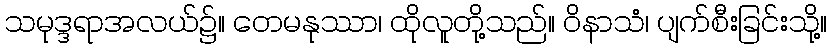
သမုဒ္ဒရာအလယ်၌။ တေမနုဿာ၊ ထိုလူတို့သည်။ ဝိနာသံ၊ ပျက်စီးခြင်းသို့။